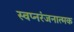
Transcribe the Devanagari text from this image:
स्वप्नरंजनात्मक